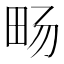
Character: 𪽈